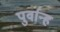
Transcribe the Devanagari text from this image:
पुर्वान्ह